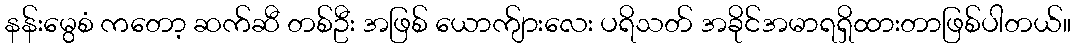
နန်းမွေစံ ကတော့ ဆက်ဆီ တစ်ဦး အဖြစ် ယောက်ျားလေး ပရိသတ် အခိုင်အမာရရှိထားတာဖြစ်ပါတယ်။